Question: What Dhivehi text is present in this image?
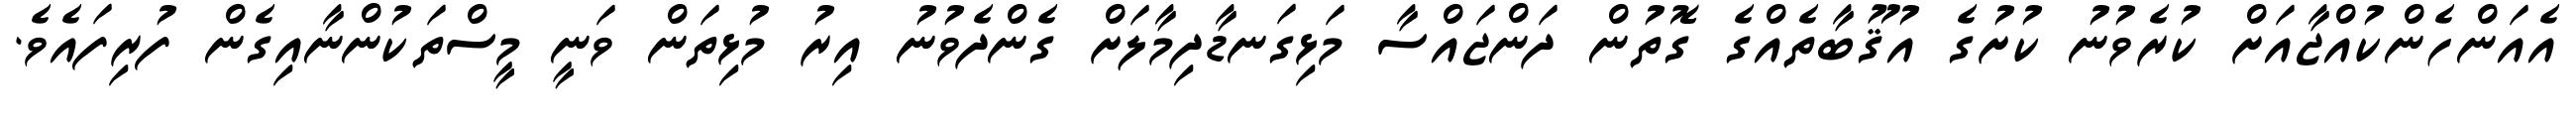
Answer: އެއަންހެންކުއްޖާއަށް ކުރެވުނު ކުށުގެ އުޤޫބާތެއްގެ ގޮތުން ދަންޖައްސާ މަޅިގަނޑާދިމާލަށް ގެންދެވުނު އިރު މުޅިތަން ވަނީ މީސްތަކުންނާއިގެން ފުރިފައެވެ.